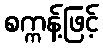
စက္ကန့်ဖြင့်